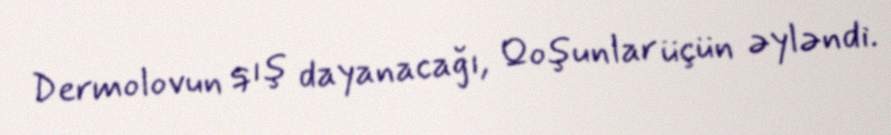
Dermolovun qış dayanacağı, Qoşunlar üçün əyləndi.